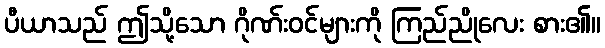
ပီယာသည် ဤသို့သော ဂိုဏ်းဝင်များကို ကြည်ညိုလေး စား၏။